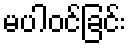
မပါဝင်ခြင်း